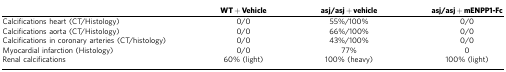
<table><thead><tr><td>[EMPTY_CELL]</td><td><b>WT+Vehicle</b></td><td><b>asj/asj+vehicle</b></td><td><b>asj/asj+mENPP1-Fc</b></td></tr></thead><tbody><tr><td>Calcifications heart (CT/Histology)</td><td>0/0</td><td>55%/100%</td><td>0/0</td></tr><tr><td>Calcifications aorta (CT/Histology)</td><td>0/0</td><td>66%/100%</td><td>0/0</td></tr><tr><td>Calcifications in coronary arteries (CT/histology)</td><td>0/0</td><td>43%/100%</td><td>0/0</td></tr><tr><td>Myocardial infarction (Histology)</td><td>0/0</td><td>77%</td><td>0</td></tr><tr><td>Renal calcifications</td><td>60% (light)</td><td>100% (heavy)</td><td>100% (light)</td></tr></tbody></table>